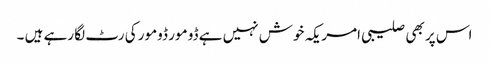
اس پر بھی صلیبی امریکہ خوش نہیں ہے ڈو مور ڈومور کی رٹ لگا رہے ہیں ۔